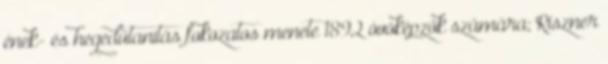
ének- és hegedűtanítás fokozatos menete 1892 óvóképzők számára; Riszner